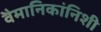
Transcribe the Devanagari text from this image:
वैमानिकांनिशी